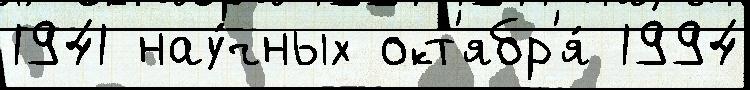
1941 нау́чных окт'ябр'я́ 1994